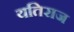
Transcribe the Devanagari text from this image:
यतिराज